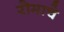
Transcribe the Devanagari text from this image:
रोमाचे